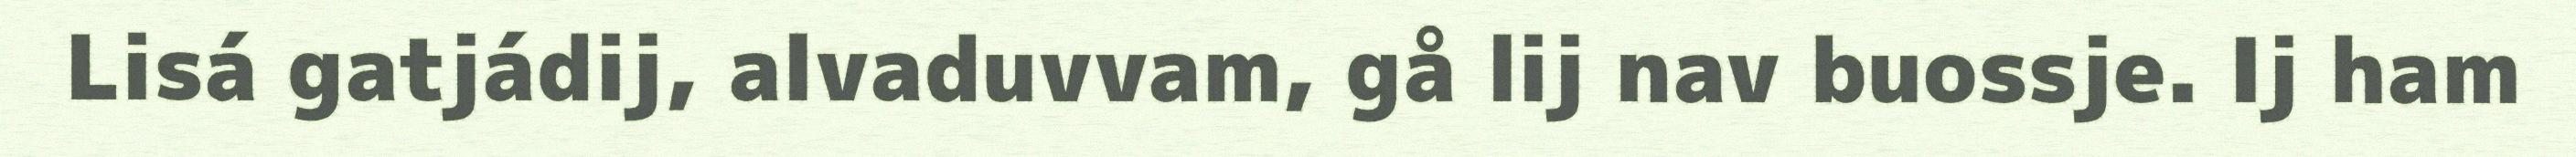
Lisá gatjádij, alvaduvvam, gå lij nav buossje. Ij ham